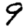
Digit: 9